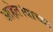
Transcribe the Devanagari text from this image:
आहेत।याच्या